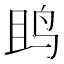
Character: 𱉘